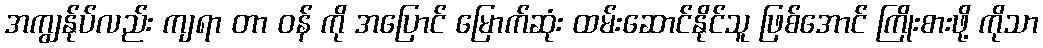
အကျွန်ုပ်လည်း ကျရာ တာ ဝန် ကို အပြောင် မြောက်ဆုံး ထမ်းဆောင်နိုင်သူ ဖြစ်အောင် ကြိုးစားဖို့ ကိုသာ